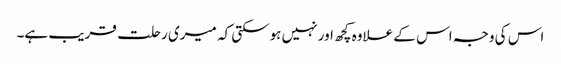
اس کی وجہ اس کے علاوہ کچھ اور نہیں ہوسکتی کہ میری رحلت قریب ہے۔